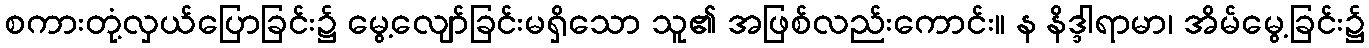
စကားတုံ့လှယ်ပြောခြင်း၌ မွေ့လျော်ခြင်းမရှိသော သူ၏ အဖြစ်လည်းကောင်း။ န နိဒ္ဒါရာမာ၊ အိမ်မွေ့ခြင်း၌